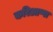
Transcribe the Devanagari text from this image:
करिआप्पा